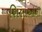
શિલાઓની